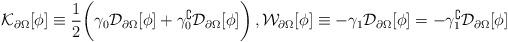
LaTeX: \begin{align*}\mathcal{K}_{\partial \Omega}[\phi]\equiv \frac{1}{2}\bigg(\gamma_{0}\mathcal{D}_{\partial\Omega}[\phi]+\gamma_{0}^\complement\mathcal{D}_{\partial\Omega}[\phi]\bigg)\, , \mathcal{W}_{\partial \Omega}[\phi]\equiv-\gamma_{1}\mathcal{D}_{\partial\Omega}[\phi] =-\gamma_{1}^\complement\mathcal{D}_{\partial\Omega}[\phi] \end{align*}